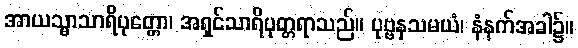
အာယသ္မာသာရိပုတ္တော၊ အရှင်သာရိပုတ္တရာသည်။ ပုဗ္ဗနှသမယံ၊ နံနက်အခါ၌။